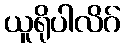
ယူရိုပါလိဂ်